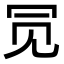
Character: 𫤸